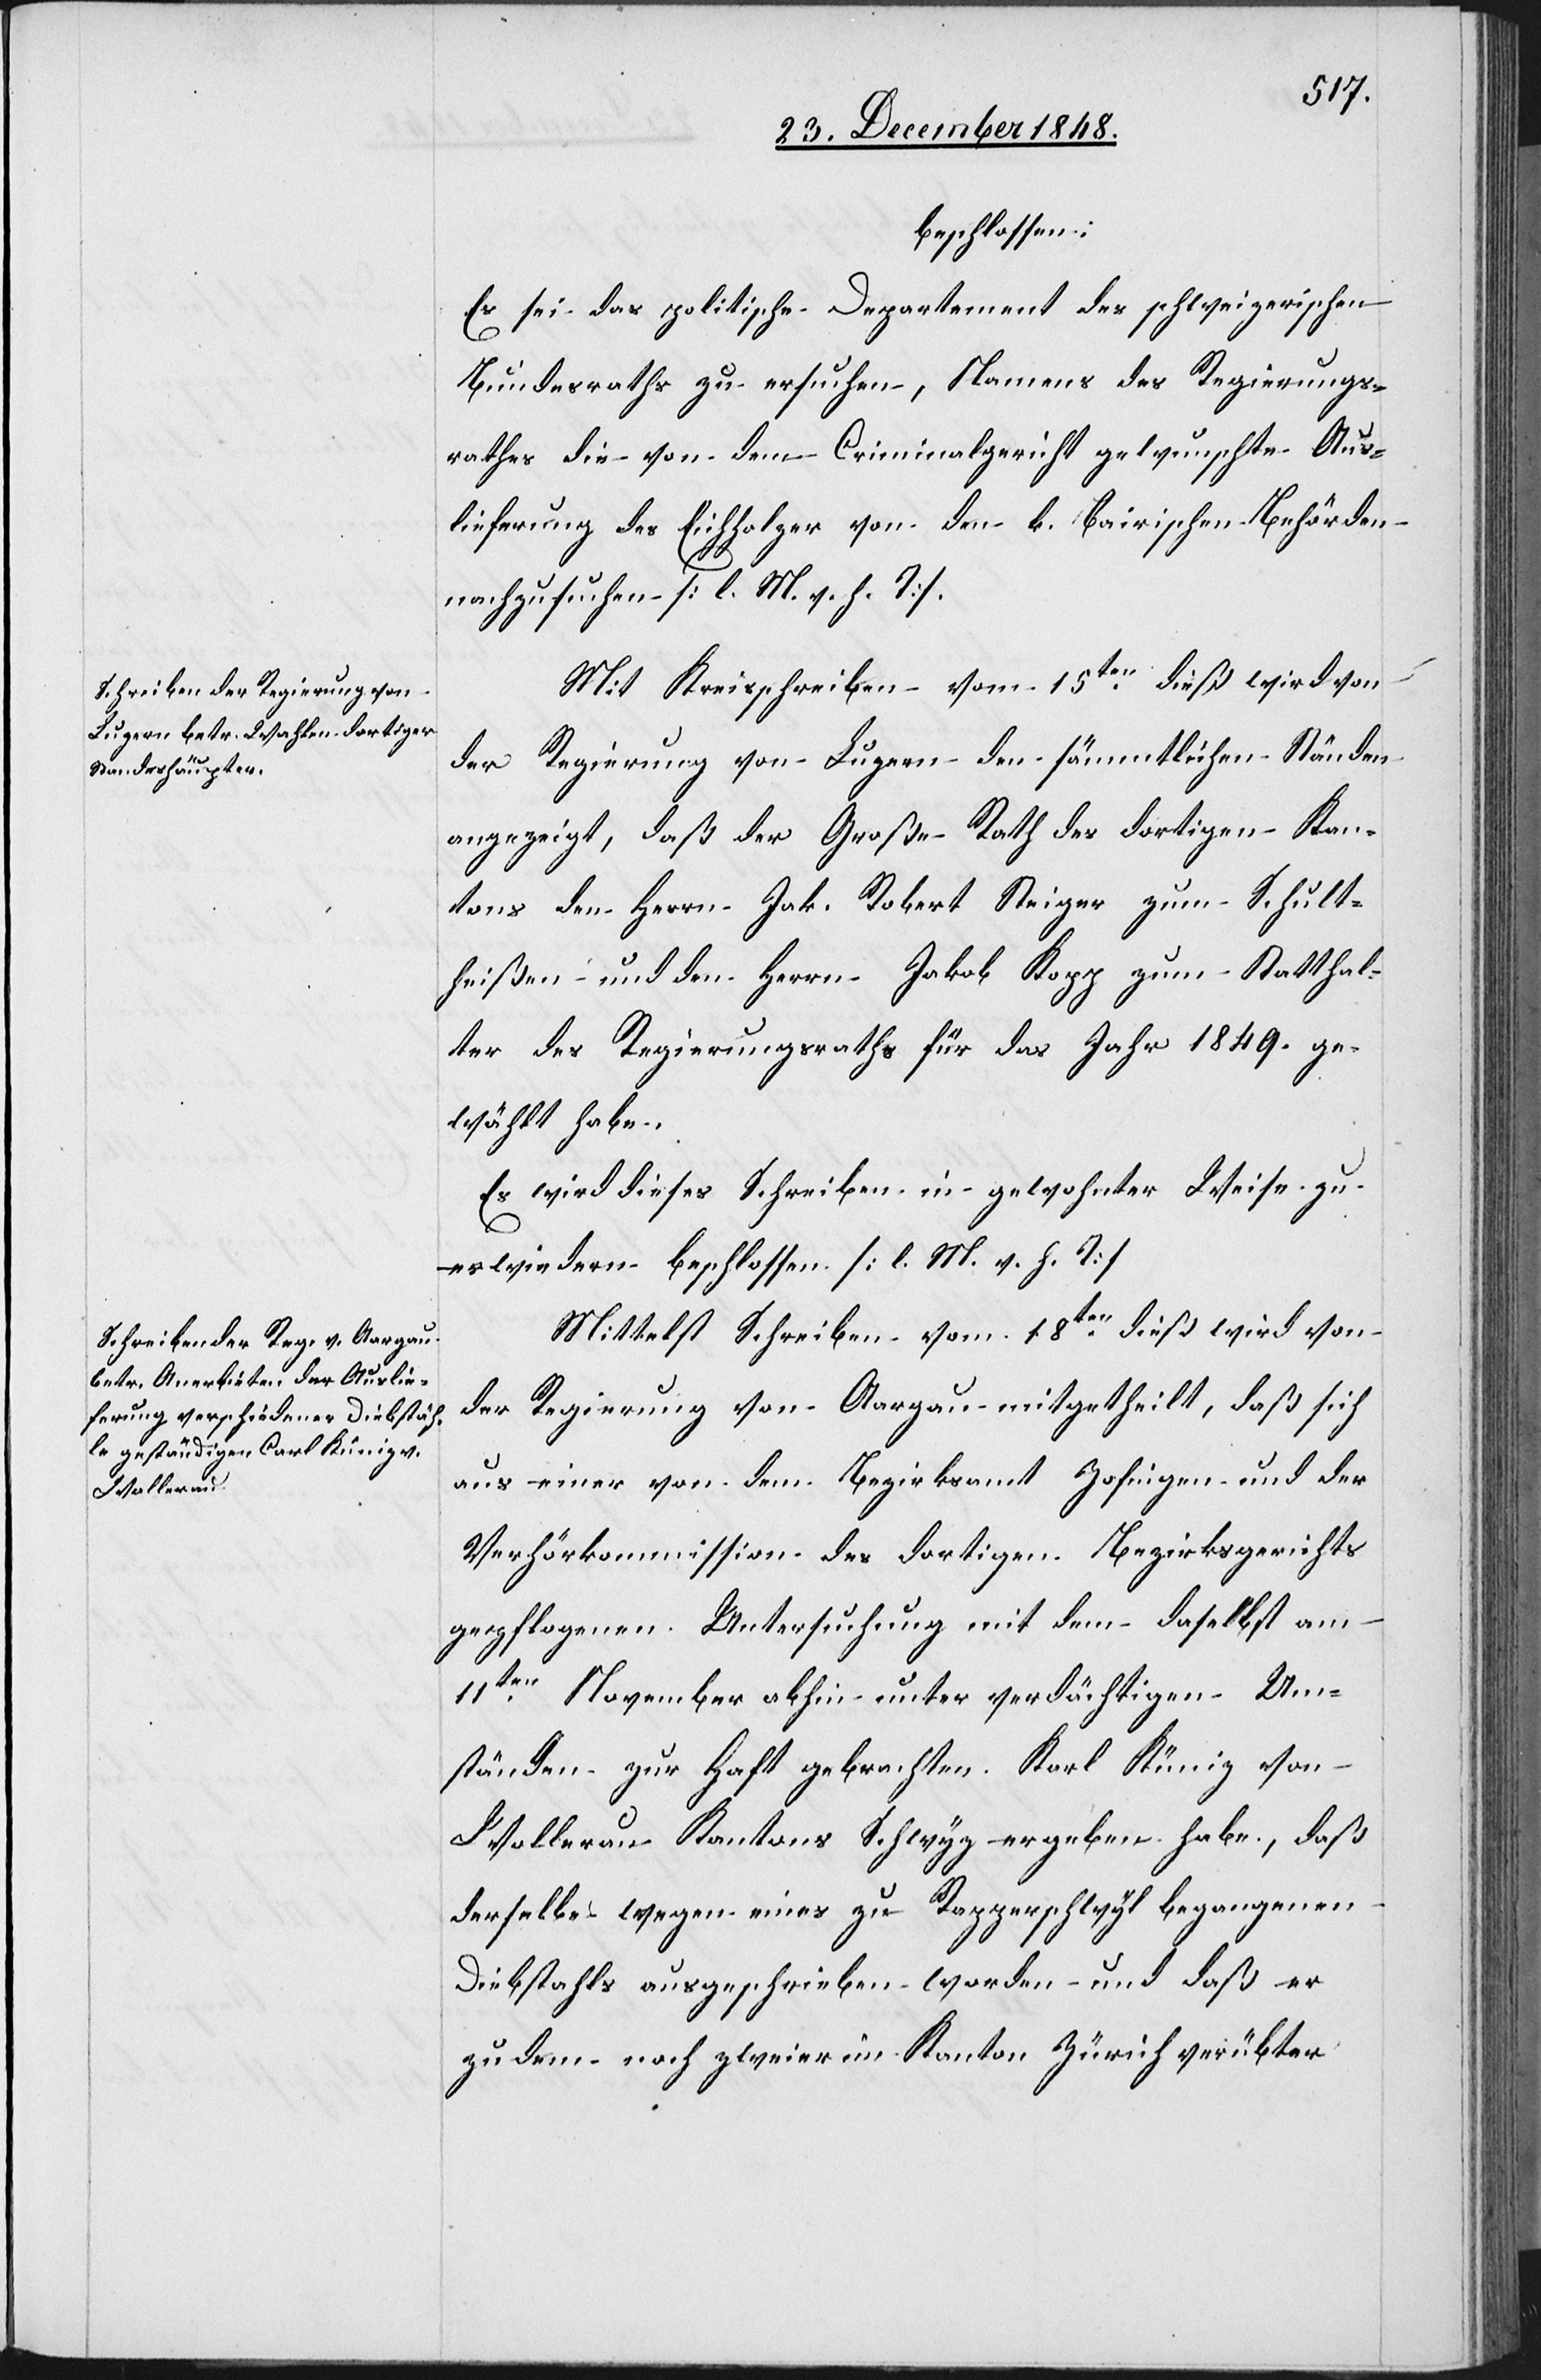
beschlossen:
Es sei das politische Departement des schweizerischen
Bundesraths zu ersuchen, Namens des Regierungs¬
rathes die von dem Criminalgericht gewunschte Aus¬
lieferung des Eichholzer von den k. bairischen Behörden
nachzusuchen [l. M. v. h. T]
Mit Kreisschreiben vom 15ten dieß wird von
der Regierung von Luzern den sämmtlichen Ständen
angezeigt, daß der Großen Rath des dortigen Kan¬
tons den Herrn Jak. Robert Steiger zum Schult¬
heißen und den Herrn Jakob Kopp zum Statthal¬
ter des Regierungsraths für das Jahr 1849. ge¬
wählt habe.
Es wird dieses Schreiben in gewohnter Weise zu
erwiedern beschlossen [l. M. v. h. T]
Mittelst Schreiben vom 18ten dieß wird von
der Regierung von Aargau mitgetheilt, daß sich
aus einer von dem Bezirksamt Zofingen und der
Verhörkommission des dortigen Bezirksgerichts
gepflogenen Untersuchung mit dem daselbst am
11ten November abhin unter verdächtigen Um¬
ständen zur Haft gebrachten Karl Küniz von
Wollerau Kantons Schwyz ergeben habe, daß
derselbe wegen eines zu Rapperschwyl begangenen
Diebstahls ausgeschrieben worden und daß er
zudem noch zweier im Kanton Zürich verübter